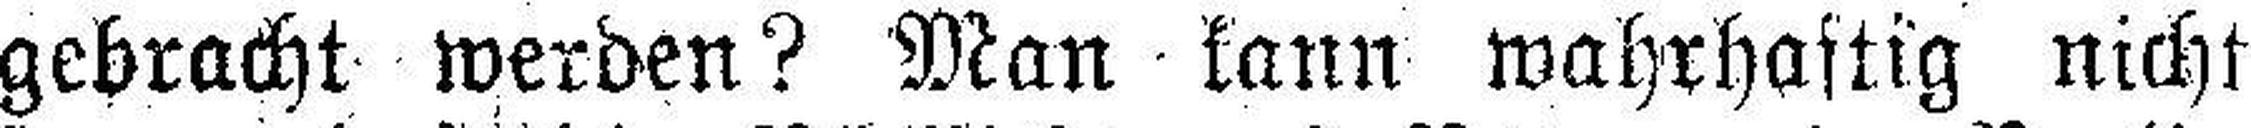
gebracht werden? Man kann wahrhastig nicht